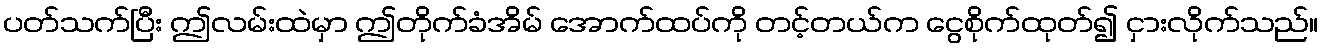
ပတ်သက်ပြီး ဤလမ်းထဲမှာ ဤတိုက်ခံအိမ် အောက်ထပ်ကို တင့်တယ်က ငွေစိုက်ထုတ်၍ ငှားလိုက်သည်။